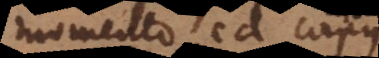
momento cd corpus